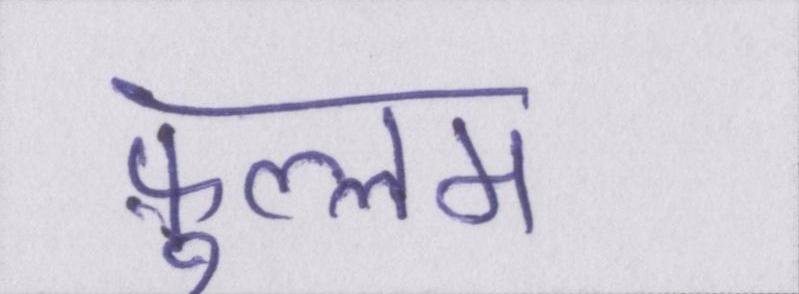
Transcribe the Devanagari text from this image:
फ़ुल्लम